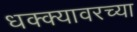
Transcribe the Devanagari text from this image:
धक्क्यावरच्या